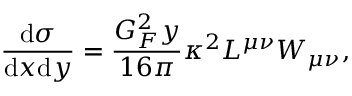
\frac { \mathrm { d } \sigma } { \mathrm { d } x \mathrm { d } y } = \frac { G _ { F } ^ { 2 } y } { 1 6 \pi } { \kappa ^ { 2 } L ^ { \mu \nu } W _ { \mu \nu } } ,